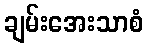
ချမ်းအေးသာစံ